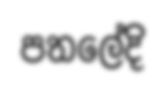
පතලේදි